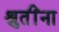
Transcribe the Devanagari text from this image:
श्रुतींना